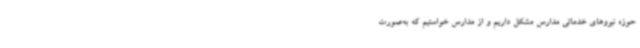
حوزه نیروهای خدماتی مدارس مشکل‌ داریم و از مدارس خواستیم که به‌صورت